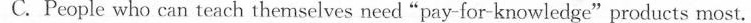
C.People who can teach themselves need "pay-for-knowledge"products most.